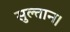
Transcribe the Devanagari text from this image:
सुल्तान।